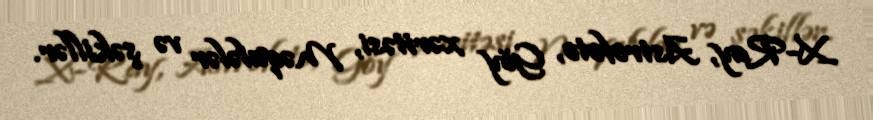
X-Ray, Astrofoto, Göy xəritəsi, Məqalələr və şəkillər.